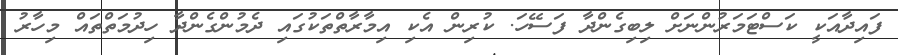
ފައިދާއަކީ ކަސްޓަމަރުންނަށް ލިބިގެންދާ ފަސޭހަ. ކުރިން އެކި އިމާރާތްތަކުގައި ދެމުންގެންދާ ހިދުމަތްތައް މިހާރު